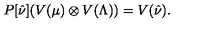
P [ \hat { \nu } ] ( V ( \mu ) \otimes V ( \Lambda ) ) = V ( \hat { \nu } ) .